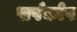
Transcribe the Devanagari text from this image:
सर्पकोप